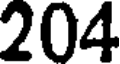
204